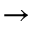
\rightarrow